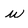
Character: u